Plague in India, 1896, 1897 - Volume 1
Year: 1896
Disease focus: Plague
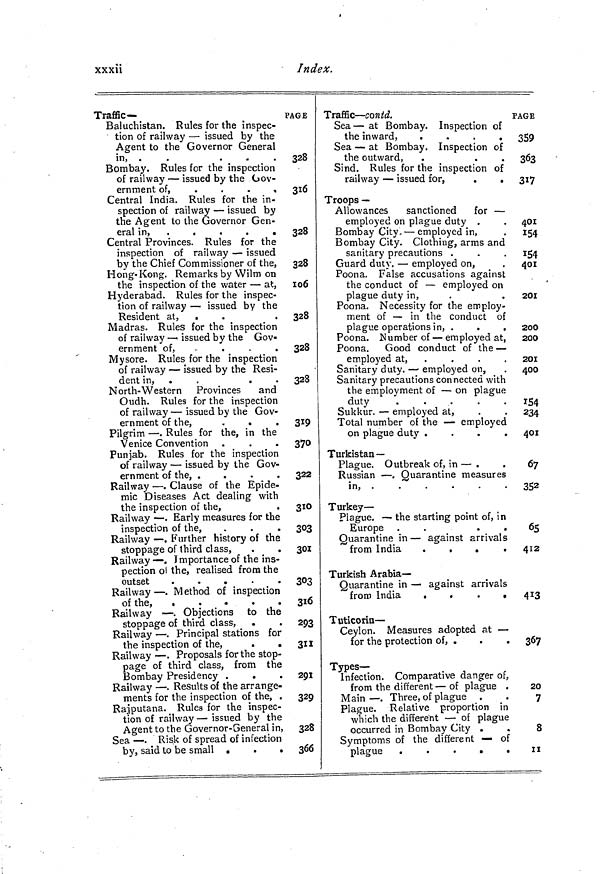
xxxii
Index.
Traffic—
Baluchistan. Rules for the inspec-
tion of railway — issued by the
Agent to the Governor General
in, .
.
.
.
Bombay. Rules for the inspection
of railway — issued by the Gov-
ernment of,
.
.
.
,
Central India. Rules for the in-
spection of railway — issued by
the Agent to the Governor Gen-
eral in,
. . . . .
Central Provinces. Rules for the
inspection of railway — issued
by the Chief Commissioner of the,
Hong- Kong. Remarks by Wilm on
the inspection of the water — at,
Hyderabad. Rules for the inspec-
tion of railway — issued by the
Resident at, .
Madras. Rules for the inspection
of railway — issued by the Gov-
ernment o f ,
.
.
.
Mysore. Rules for the inspection
of railway — issued by the Resi-
dent in,
.
.
North-Western Provinces
and
Oudh. Rules for the inspection
of railway — issued by the Gov-
ernment of the,
.
Pilgrim — . Rules for the, in the
Venice Convention
Punjab. Rules for the inspection
of railway — issued by the Gov-
ernment of the, .
.
.
.
Railway — . Clause of the Epide-
mic Diseases Act dealing with
the inspection of the,
Railway — . Early measures for the
inspection of the,
Railway — . Further history of the
stoppage of third class,
Railway — . Importance of the ins-
pection of the, realised from the
outset
.
.
.
.
.
Railway — . Method of inspection
Railway — . Objections to the
stoppage of third class,
Railway — . Principal stations for
the inspection of the,
.
.
Railway — . Proposals for the stop-
page of third class, from the
Bombay Presidency .
.
.
Railway — . Results of the arrange-
ments for the inspection of the, .
Rajputana. Rules for the inspec-
tion of railway — issued by the
Agent to the Governor-General in,
Sea — . Risk of spread of infection
by, said to be small .
.
.
PAGE
328
316
328
328
106
328
328
328
319
370
322
310
303
301
303
316
293
311
291
329
328
366
Traffic— contd.
Sea — at Bombay. Inspection of
the inward,
.
.
.
.
Sea — at Bombay. Inspection of
the outward,
Sind. Rules for the inspection of
railway — issued for,
.
.
Troops —
Allowances
sanctioned
for —
employed on plague duty .
Bombay City. — employed in,
Bombay City. Clothing, arms and
sanitary precautions .
Guard duty. — employed on,
Poona. False accusations against
the conduct of — employed on
plague duty in,
Poona. Necessity for the employ-
ment of — in the conduct of
plague operations in, .
Poona. Number of — employed at,
Poona.
Good conduct of the —
employed at, .
Sanitary duty. — employed on,
Sanitary precautions connected with
the employment of — on plague
duty
.
.
.
.
.
Sukkur. — employed at,
Total number of the — employed
on plague duty .
.
.
.
Turkistan—
Plague. Outbreak of, in — .
Russian — . Quarantine measures
in,
Turkey-
Plague. — the starting point of, in
Europe .
.
.
Quarantine in — against arrivals
from India
.
.
.
.
Turkish Arabia-
Quarantine in — against arrivals
from India
.
.
.
.
Tuticorin —
Ceylon. Measures adopted at —
for the protection of, .
.
.
Types-
Infection. Comparative danger of,
from the different — of plague .
Main — . Three, of plague .
Plague. Relative proportion in
which the different — of plague
occurred in Bombay City .
Symptoms of the different — of
plague
.
.
.
.
.
PAGE
359
363
317
401
154
154
401
201
200
200
201
400
154
234
401
67
352
65
412
413
367
20
7
8
ii